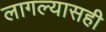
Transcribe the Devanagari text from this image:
लागल्यासही